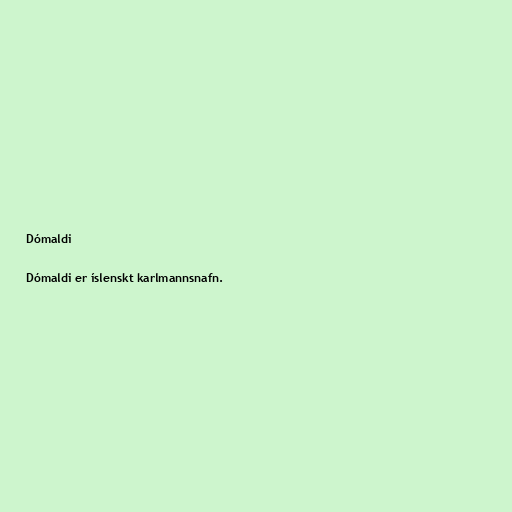
Dómaldi

Dómaldi er íslenskt karlmannsnafn.